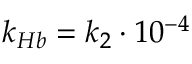
k _ { H b } = k _ { 2 } \cdot 1 0 ^ { - 4 }